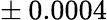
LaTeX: \pm{\: 0.0004}